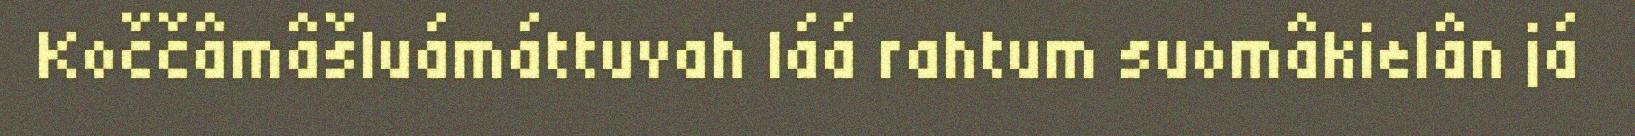
Koččâmâšluámáttuvah láá rahtum suomâkielân já